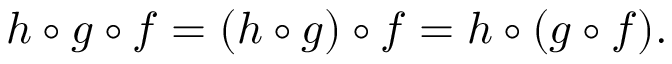
h \circ g \circ f = ( h \circ g ) \circ f = h \circ ( g \circ f ) .